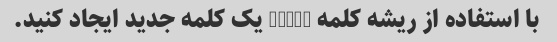
با استفاده از ریشه کلمه "aug" یک کلمه جدید ایجاد کنید.